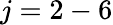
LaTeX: j=2-6